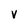
Character: V